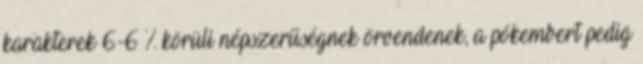
karakterek 6-6 % körüli népszerűségnek örvendenek, a pókembert pedig